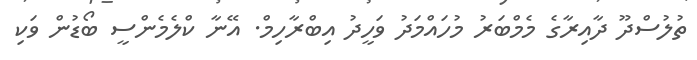
ތުލުސްދޫ ދާއިރާގެ މެމްބަރު މުހައްމަދު ވަހީދު އިބްރާހިމް. އޭނާ ކްލެމެންސީ ބޯޑުން ވަކި